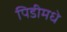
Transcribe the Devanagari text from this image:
पिडीमधे